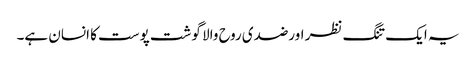
یہ ایک تنگ نظر اورضدی روح والا گوشت پوست کا انسان ہے۔